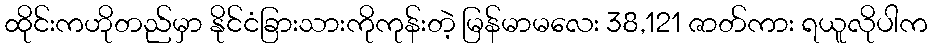
ထိုင်းကဟိုတည်မှာ နိုင်ငံခြားသားကိုကုန်းတဲ့ မြန်မာမလေး 38,121 ဇာတ်ကား ရယူလိုပါက